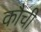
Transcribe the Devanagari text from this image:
कौची